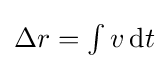
{\textstyle \Delta r=\int v\,{\text{d}}t}